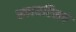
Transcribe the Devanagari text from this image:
स्कायरिमचे